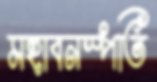
মহাবনস্পতি